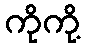
ကိုကို့